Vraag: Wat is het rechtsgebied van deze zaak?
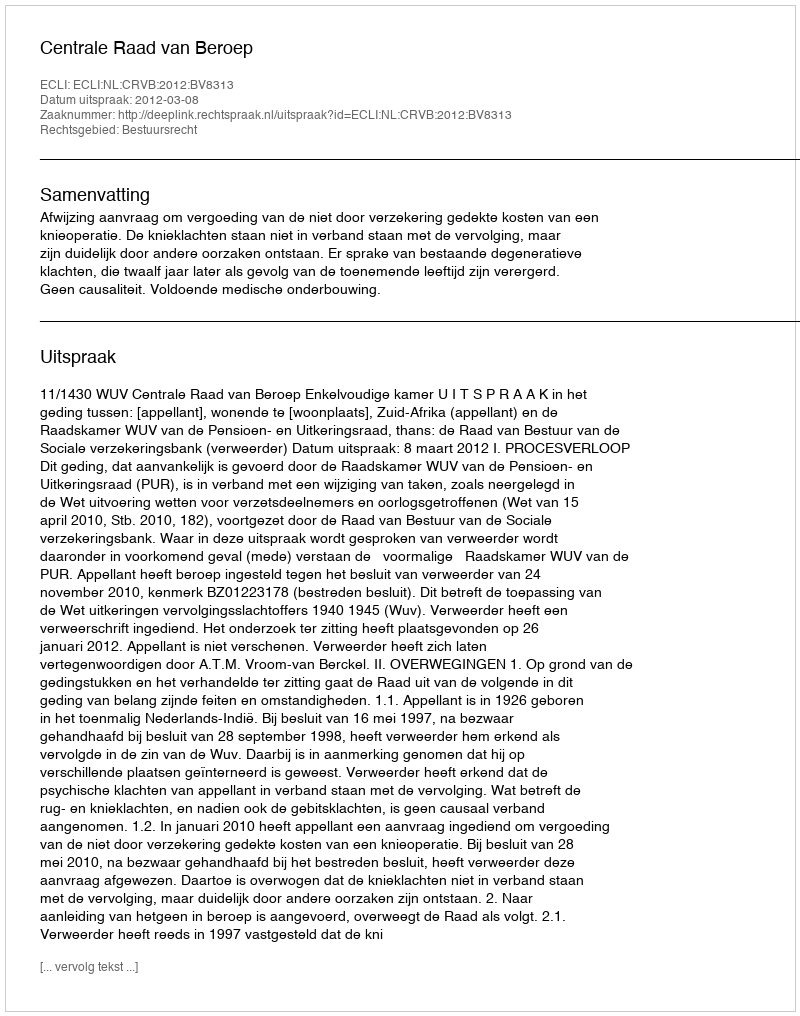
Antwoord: Bestuursrecht